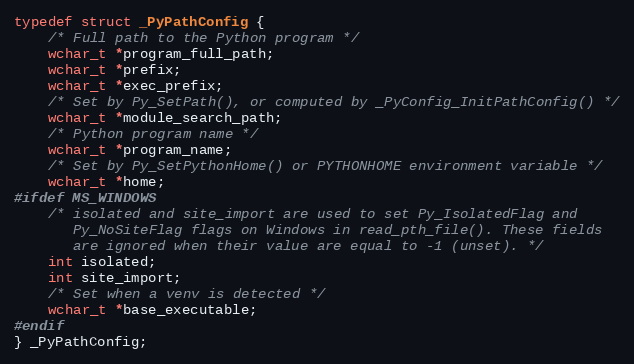
Language: C
typedef struct _PyPathConfig {
    /* Full path to the Python program */
    wchar_t *program_full_path;
    wchar_t *prefix;
    wchar_t *exec_prefix;
    /* Set by Py_SetPath(), or computed by _PyConfig_InitPathConfig() */
    wchar_t *module_search_path;
    /* Python program name */
    wchar_t *program_name;
    /* Set by Py_SetPythonHome() or PYTHONHOME environment variable */
    wchar_t *home;
#ifdef MS_WINDOWS
    /* isolated and site_import are used to set Py_IsolatedFlag and
       Py_NoSiteFlag flags on Windows in read_pth_file(). These fields
       are ignored when their value are equal to -1 (unset). */
    int isolated;
    int site_import;
    /* Set when a venv is detected */
    wchar_t *base_executable;
#endif
} _PyPathConfig;